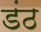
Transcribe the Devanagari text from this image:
डंठ